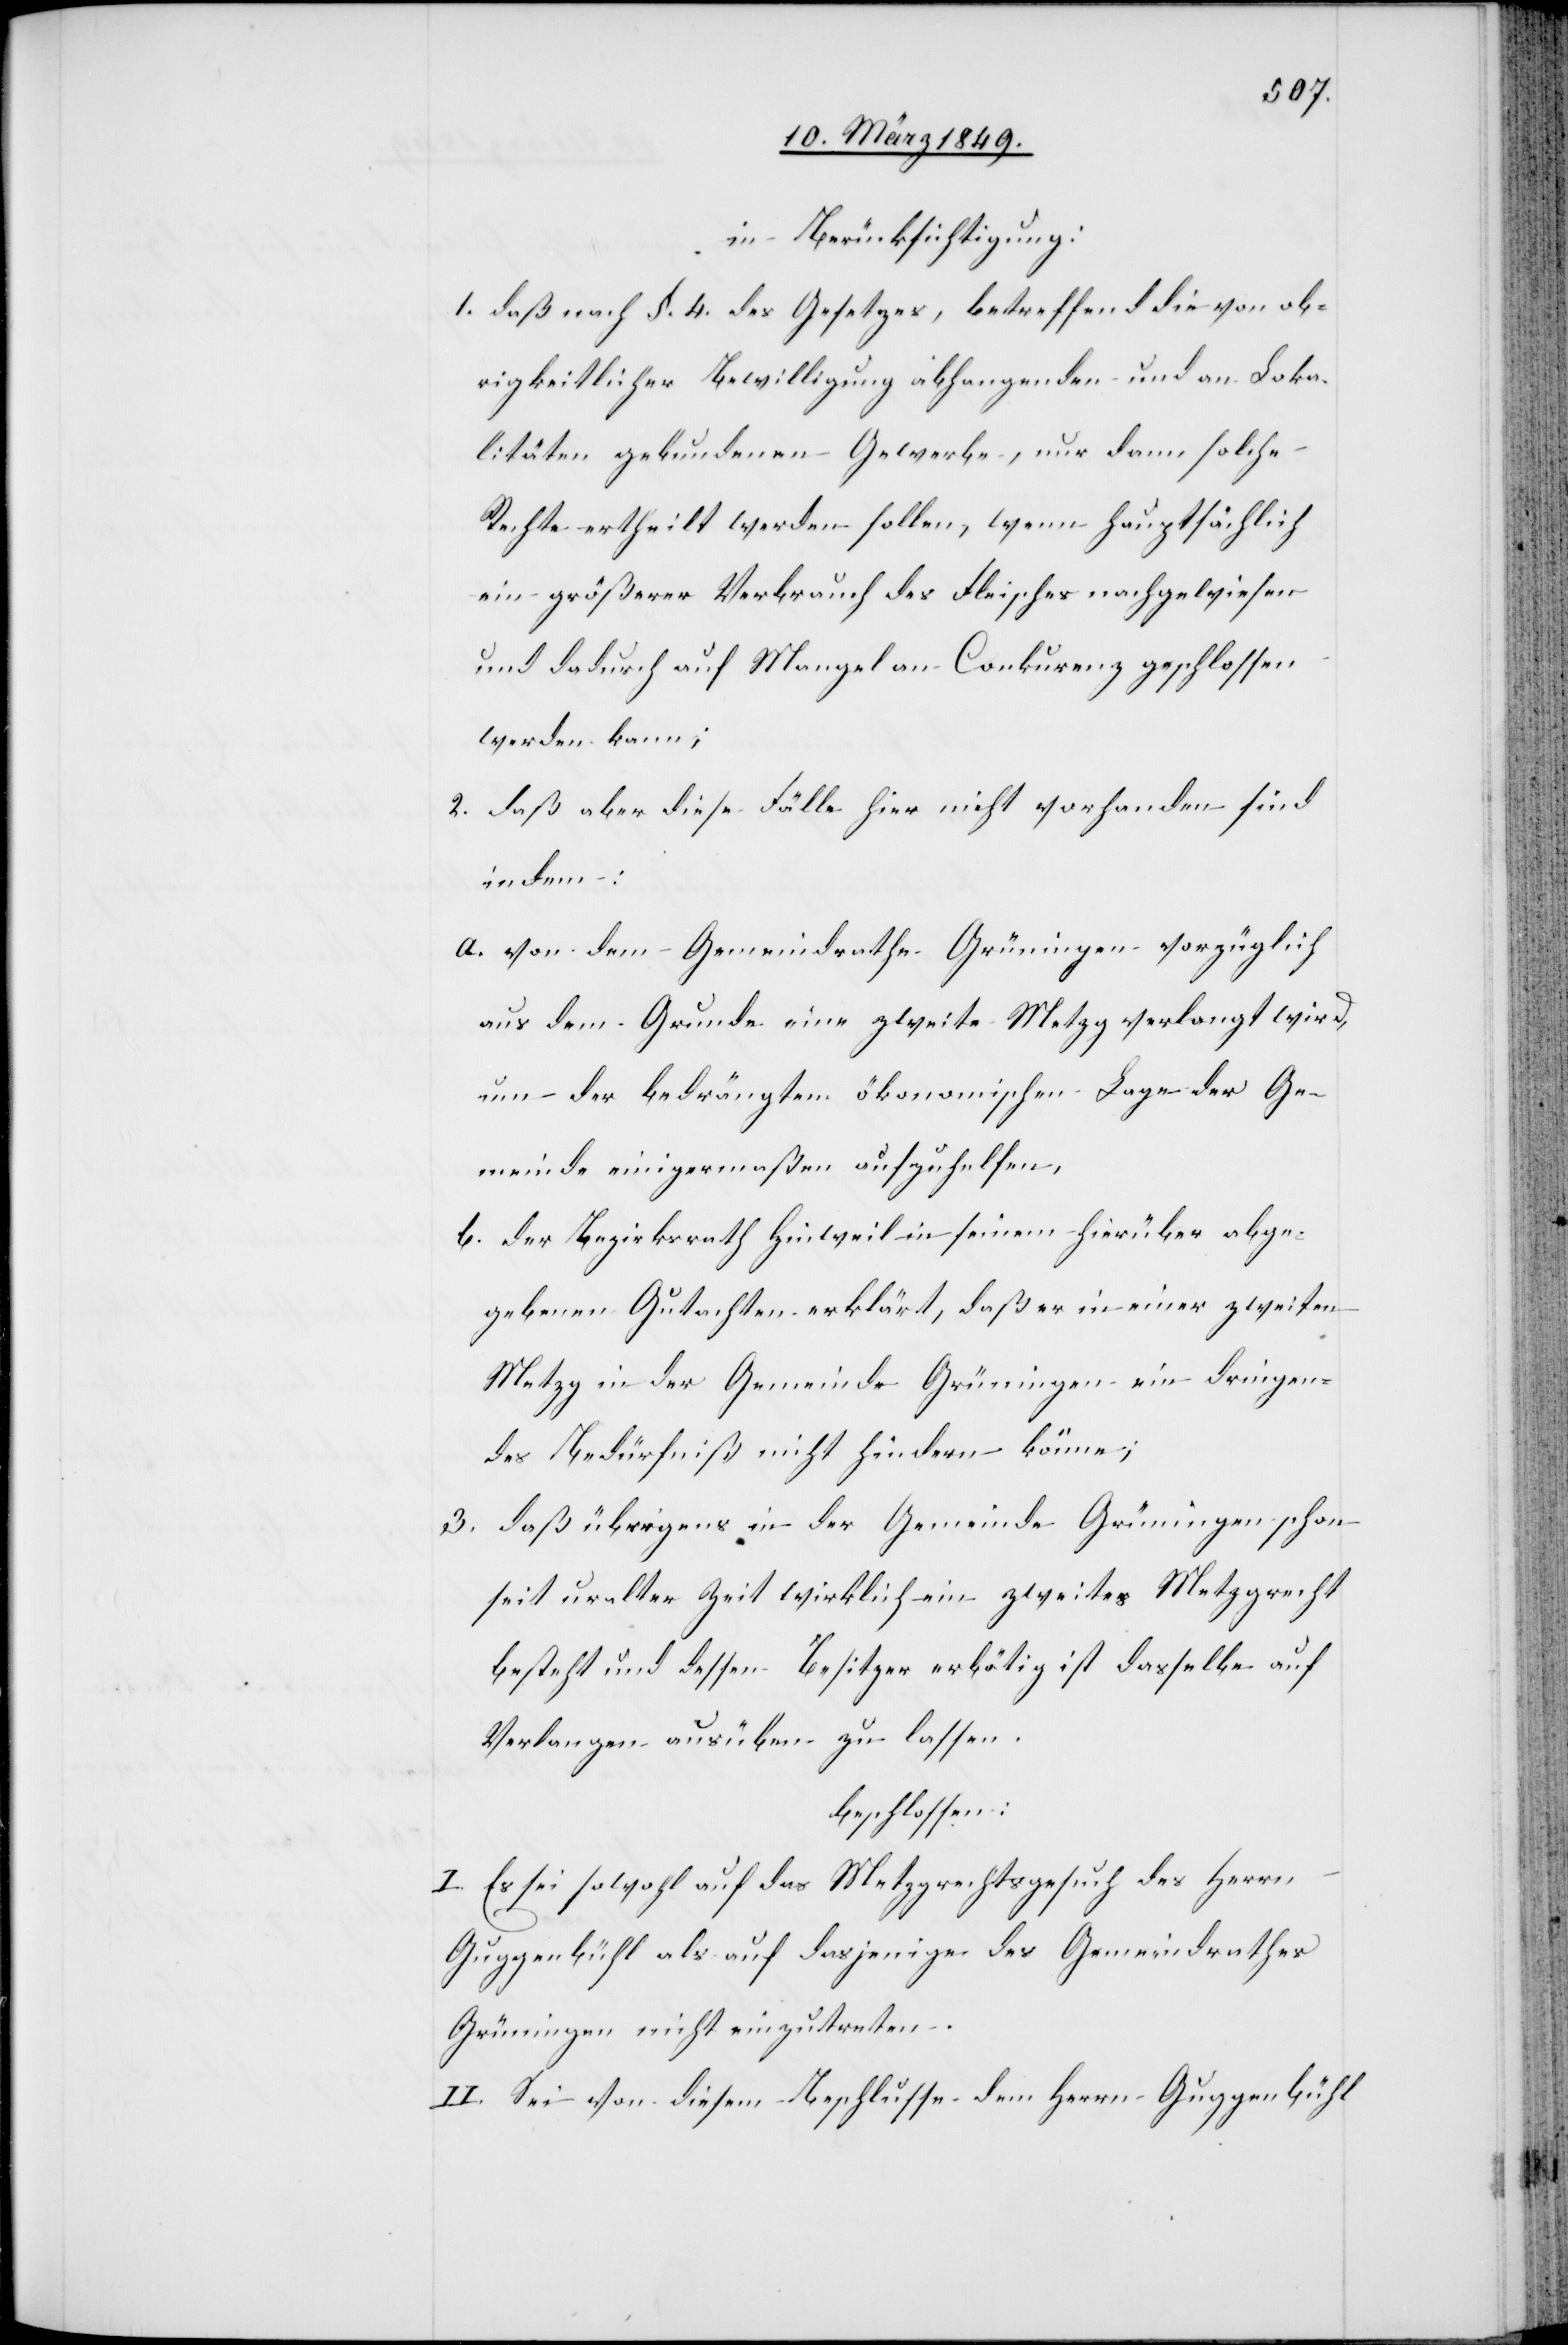
in Berücksichtigung:
1. daß nach §. 4. des Gesetzes, betreffend die von ob¬
rigkeitlicher Bewilligung abhangenden und an Loka¬
litäten gebundenen Gewerbe, nur dann solche
Rechte ertheilt werden sollen, wenn hauptsächlich
ein größerer Verbrauch des Fleisches nachgewiesen
und dadurch auf Mangel an Conkurenz geschlossen
werden kann;
2. daß aber diese Fälle hier nicht vorhanden sind
indem:
a. von dem Gemeindrathe Grüningen vorzüglich
aus dem Grunde eine zweite Metzg verlangt wird,
um der bedrängten ökonomischen Lage der Ge¬
meinde einigermaßen aufzuhelfen,
b. der Bezirksrath Hinweil in seinem hierüber abge¬
gebenen Gutachten erklärt, daß er in einer zweiten
Metzg in der Gemeinde Grüningen ein dringen¬
des Bedürfniß nicht hindern [sic!] könne;
3. daß übrigens in der Gemeinde Grüningen schon
seit uralter Zeit wirklich ein zweites Metzgrecht
besteht und dessen Besitzer erbötig ist dasselbe auf
Verlangen ausüben zu lassen.
beschlossen:
I. Es sei sowohl auf das Metzgrechtsgesuch des Herrn
Guggenbühl als auf dasjenige des Gemeindrathes
Grüningen nicht einzutreten.
II. Sei von diesem Beschlusse dem Herrn Guggenbühl